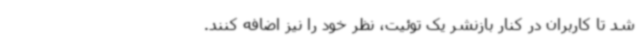
شد تا کاربران در کنار بازنشر یک توئیت، نظر خود را نیز اضافه کنند.